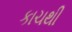
કાચથી